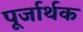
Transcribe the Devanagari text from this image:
पूर्जार्थक